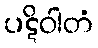
ပဋိဝါတံ